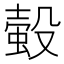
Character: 𧎅